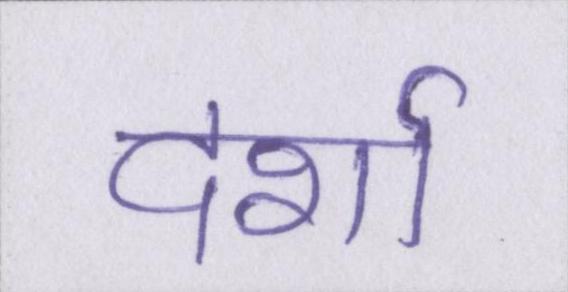
दर्शा